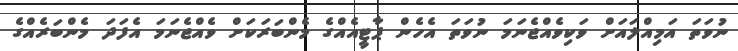
ނުވަތަ އަމިއްލައަށް ވަކިވެއްޖެނަމަ ނުވަތަ އެހެން ޕާޓީއެއްގެ މެންބަރަކަށް ވެއްޖެނަމަ އެފަަދަ މެންބަރެއްގެ